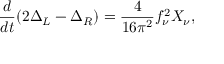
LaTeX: { \frac { d } { d t } } ( 2 \Delta _ { L } - \Delta _ { R } ) = { \frac { 4 } { 1 6 \pi ^ { 2 } } } f _ { \nu } ^ { 2 } X _ { \nu } ,